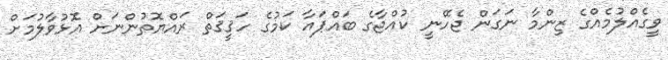
ވީގެއްލުމެއްގެ ޒިންމާ ނަގަން ޖެހޭނީ ކުއްޖާގެ ބައްޕައާ ކަމުގެ ހަޤީޤަތް ރައްޔޮތުންނަށް އޮޅުވާލުމަށް